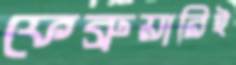
ফেব্রুয়ারিই